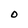
Character: O